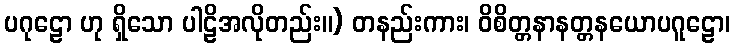
ပဂုဠော ဟု ရှိသော ပါဠိအလိုတည်း။) တနည်းကား၊ ဝိစိတ္တနာနတ္တနယောပဂူဠော၊